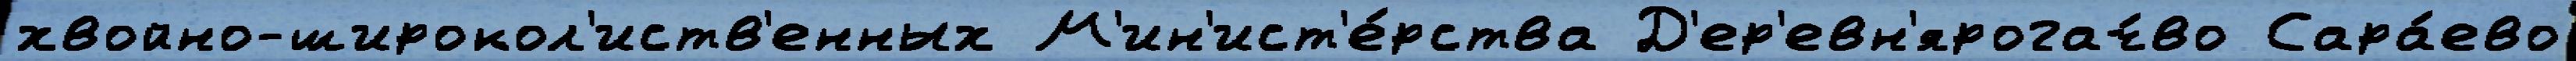
хвойно-широкол'иств'енных М'ин'ист'е́рства Д'ер'евн'ярогач́во Сара́ево